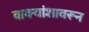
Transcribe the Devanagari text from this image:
वाक्यांशावरून